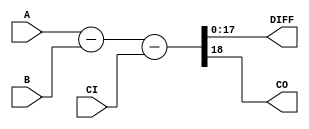


//--------------------------------------------------------------------------------------------------
//
// Title       : DW01_sub
// Design      : DW01_sub


//
//-------------------------------------------------------------------------------------------------
//
// Description : Basic subtractor
//
//-------------------------------------------------------------------------------------------------

module DW01_sub( A, B, CI, DIFF, CO)/* synthesis syn_builtin_du = "weak" */;

parameter width = 18;

//Input/output declaration
input [width - 1 : 0]  A;
input [width - 1 : 0]  B;
input                  CI;

output                 CO;
output [width - 1 : 0] DIFF;

//signal declaration
wire                   CO;
wire [width - 1 : 0]   DIFF; 

assign {CO, DIFF} = A - B - CI; 

endmodule